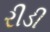
રીડી